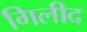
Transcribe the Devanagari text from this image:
गिलीद